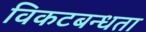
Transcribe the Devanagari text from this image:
विकटबन्धता